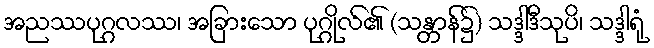
အညဿပုဂ္ဂလဿ၊ အခြားသော ပုဂ္ဂိုလ်၏ (သန္တာန်၌) သဒ္ဒါဒီသုပိ၊ သဒ္ဒါရုံ